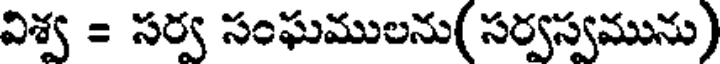
విశ్వ = సర్వ సంఘములను( సర్వస్వమును)